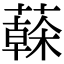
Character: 𦾮